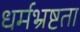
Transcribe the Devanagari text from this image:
धर्मभ्रष्टता